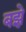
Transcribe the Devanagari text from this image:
बझे